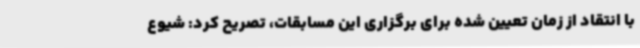
با انتقاد از زمان تعیین شده برای برگزاری این مسابقات، تصریح کرد: شیوع